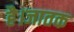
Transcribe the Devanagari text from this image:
है।जातक